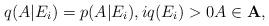
LaTeX: \begin{align*}q(A|E_i)=p(A|E_i), i q(E_i)>0 A\in {\bf A},\end{align*}